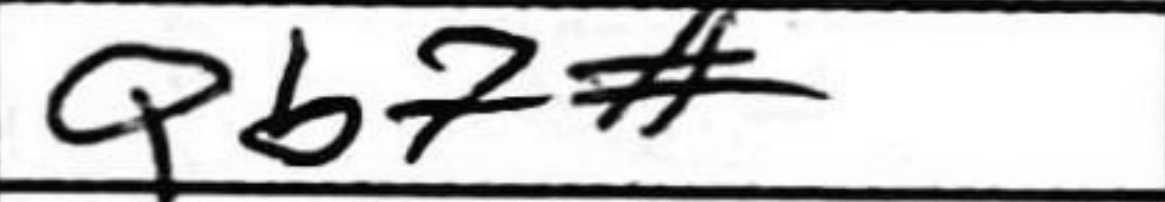
Transcription: Qb7#